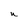
Character: u